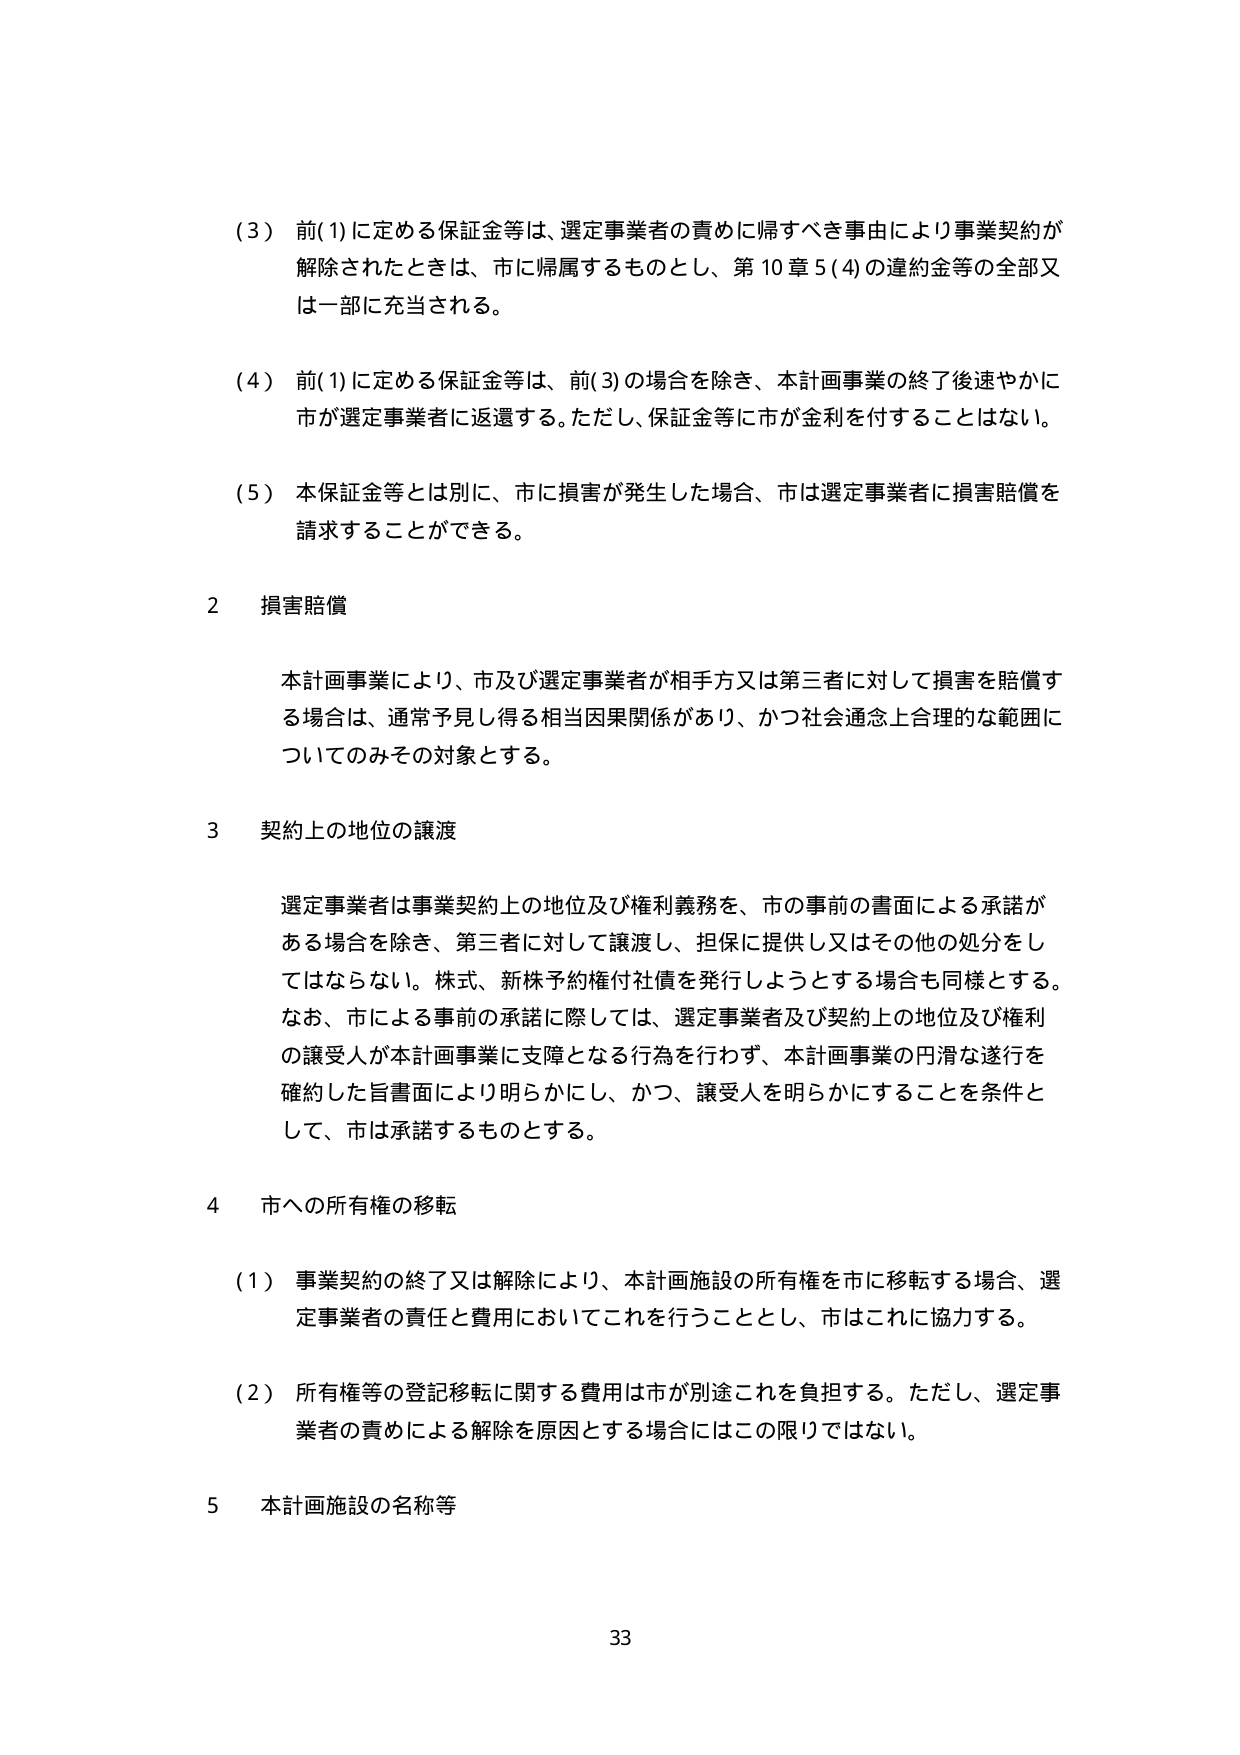
（3）前(1)に定める保証金等は、選定事業者の責めに帰すべき事由により事業契約が解除されたときは、市に帰属するものとし、第10章5(4)の違約金等の全部又は一部に充当される。

（4）前(1)に定める保証金等は、前(3)の場合を除き、本計画事業の終了後速やかに市が選定事業者に返還する。ただし、保証金等に市が金利を付することはしない。

（5）本保証金等とは別に、市に損害が発生した場合、市は選定事業者に損害賠償を請求することができる。

2 損害賠償

本計画事業により、市及び選定事業者が相手方又は第三者に対して損害を賠償する場合は、通常予見し得る相当因果関係があり、かつ社会通念上合理的な範囲についてのみその対象とする。

3 契約上の地位の譲渡

選定事業者は事業契約上の地位及び権利義務を、市の事前の書面による承諾がある場合を除き、第三者に対して譲渡し、担保に提供し又はその他の処分をしてはならない。株式、新株予約権付社債を発行しようとする場合も同様とする。なお、市による事前の承諾に際しては、選定事業者及び契約上の地位及び権利の譲受人が本計画事業に支障となる行為を行わず、本計画事業の円滑な遂行を確約した旨書面により明らかにし、かつ、譲受人を明らかにすることを条件として、市は承諾するものとする。

4 市への所有権の移転

（1）事業契約の終了又は解除により、本計画施設の所有権を市に移転する場合、選定事業者の責任と費用においてこれを行うこととし、市はこれに協力する。

（2）所有権等の登記移転に関する費用は市が別途これを負担する。ただし、選定事業者の責めによる解除を原因とする場合にはこの限りではない。

5 本計画施設の名称等

33